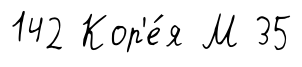
142 Кор'е́я М 35